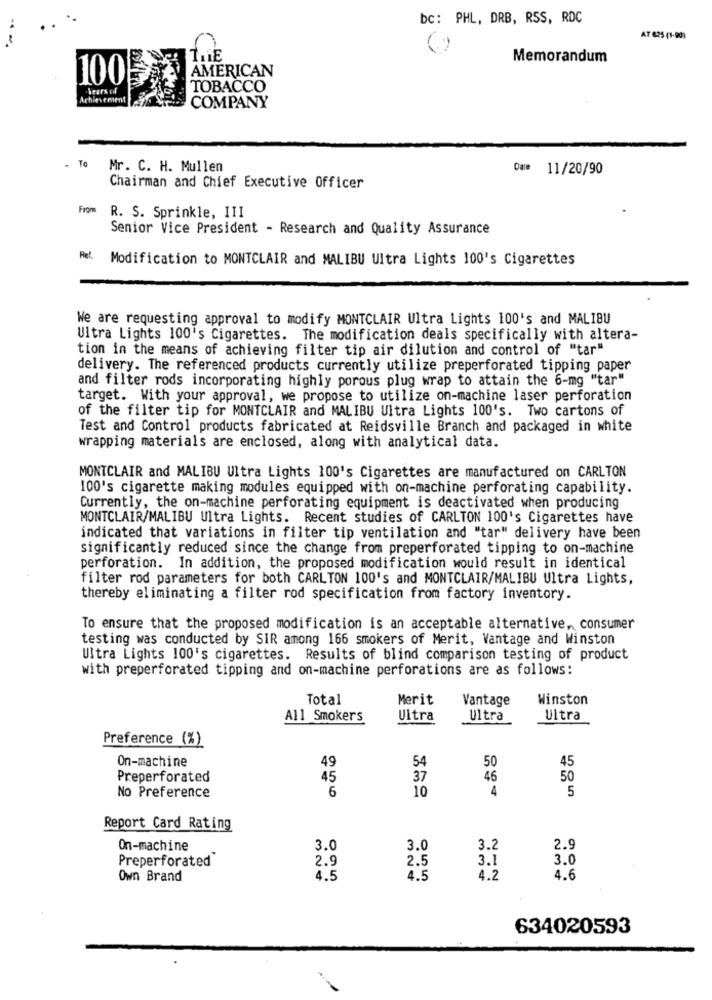
bc: PHL, DRB, RSS, RDC
..
AT 625 (1-90)
Memorandum
AMERICAN
100
Tears of
TOBACCO
COMPANY
. To
Mr. C. H. Mullen
Dae 11/20/90
Chairman and Chief Executive Officer
From
R. S. Sprinkle, III
Senior Vice President - Research and Quality Assurance
Ref. Modification to MONTCLAIR and MALIBU Ultra Lights 100's Cigarettes
We are requesting approval to modify MONTCLAIR Ultra Lights 100's and MALIBU
Ultra Lights 100's Cigarettes. The modification deals specifically with altera-
tion in the means of achieving filter tip air dilution and control of "tar"
delivery. The referenced products currently utilize preperforated tipping paper
and filter rods incorporating highly porous plug wrap to attain the 6-mg "tar"
target. With your approval, we propose to utilize on-machine laser perforation
of the filter tip for MONTCLAIR and MALIBU Ultra Lights 100's. Two cartons of
Test and Control products fabricated at Reidsville Branch and packaged in white
wrapping materials are enclosed, along with analytical data.
MONTCLAIR and MALIBU Ultra Lights 100's Cigarettes are manufactured on CARLTON
100's cigarette making modules equipped with on-machine perforating capability.
Currently, the on-machine perforating equipment is deactivated when producing
MONTCLAIR/MALIBU Ultra Lights. Recent studies of CARLTON 100's Cigarettes have
indicated that variations in filter tip ventilation and "tar" delivery have been
significantly reduced since the change from preperforated tipping to on-machine
perforation. In addition, the proposed modification would result in identical
filter rod parameters for both CARLTON 100's and MONTCLAIR/MALIBU Ultra Lights,
thereby eliminating a filter rod specification from factory inventory.
To ensure that the proposed modification is an acceptable alternative, consumer
testing was conducted by SIR among 166 smokers of Merit, Vantage and Winston
Ultra Lights 100's cigarettes. Results of blind comparison testing of product
with preperforated tipping and on-machine perforations are as follows:
Total
Merit
Vantage
Winston
All Smokers
Ultra
Ultra
Ultra
Preference (%)
On-machine
45
49
54
50
Preperforated
45
37
46
50
6
10
4
5
No Preference
Report Card Rating
On-machine
3.0
3.0
3.2
2.9
2.9
2.5
3.1
3.0
Preperforated
Own Brand
4.5
4.5
4.2
4.6
634020593